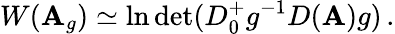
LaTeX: W(\mathbf{A}_{g})\simeq\ln\operatorname*{det}(D_{0}^{+}g^{-1}D(\mathbf{A})g)\, .